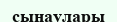
сынаулары